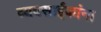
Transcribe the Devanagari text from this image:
व्यवसाईकांना